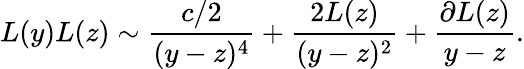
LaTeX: L(y)L(z)\sim\frac{c/2}{(y-z)^{4}}+\frac{2L(z)}{(y-z)^{2}}+\frac{\partial L(z)}{y-z}.